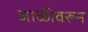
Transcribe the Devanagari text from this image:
जाळीवरून